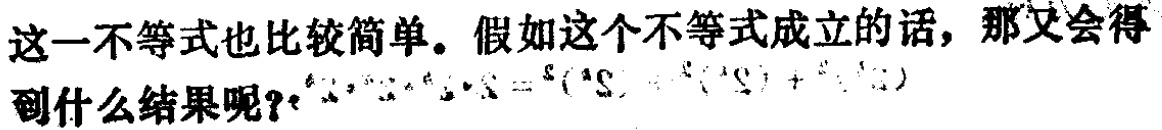
这一不等式也比较简单。假如这个不等式成立的话，那又会得到什么结果呢？$S = \sum_{i = 1}^{n}(x_i - \overline{x})^2=\sum_{i = 1}^{n}x_i^2 - n\overline{x}^2$